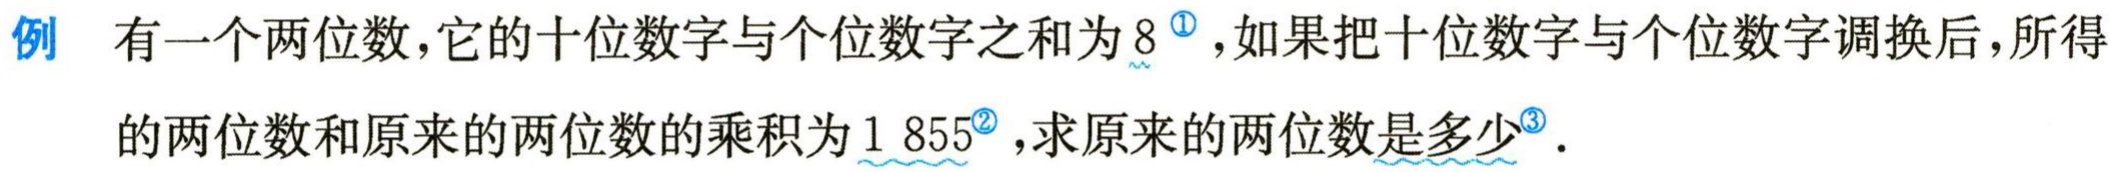
例 有一个两位数，它的十位数字与个位数字之和为\(8^{\textcircled{1}}\)，如果把十位数字与个位数字调换后，所得的两位数和原来的两位数的乘积为\(1 855^{\textcircled{2}}\)，求原来的两位数是多少\(^{\textcircled{3}}\)。